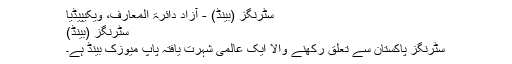
سٹرنگز (بینڈ) - آزاد دائرۃ المعارف، ویکیپیڈیا
سٹرنگز (بینڈ)
سٹرنگز پاکستان سے تعلق رکھنے والا ایک عالمی شہرت یافتہ پاپ میوزک بینڈ ہے۔